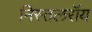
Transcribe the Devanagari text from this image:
निस्तलरॉय